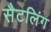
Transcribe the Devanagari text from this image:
सैटलिंग